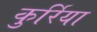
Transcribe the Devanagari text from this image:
कुर्रिया